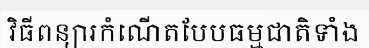
វិធីពន្យារកំណើតបែបធម្មជាតិទាំង